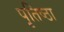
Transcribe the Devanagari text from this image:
पृतिष्ठा